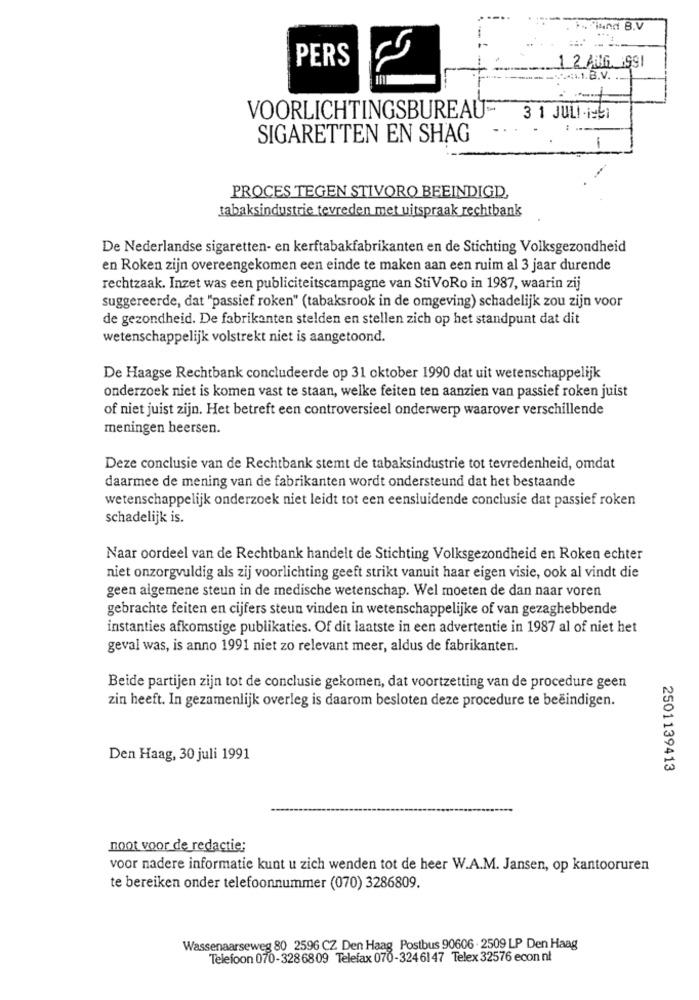
."iund B.V
PERS
1 2 AUG 1991
VOORLICHTINGSBUREAU-
3 1 JULI-19:
SIGARETTEN EN SHAG
-
PROCES TEGEN STIVORO BEEINDIGD,
tabaksindustrie tevreden met uitspraak rechtbank
De Nederlandse sigaretten- en kerftabakfabrikanten en de Stichting Volksgezondheid
en Roken zijn overeengekomen een einde te maken aan een ruim al 3 jaar durende
rechtzaak. Inzet was een publiciteitscampagne van StiVoRo in 1987, waarin zij
suggereerde, dat "passief roken" (tabaksrook in de omgeving) schadelijk zou zijn voor
de gezondheid. De fabrikanten stelden en stellen zich op het standpunt dat dit
wetenschappelijk volstrekt niet is aangetoond.
De Haagse Rechtbank concludeerde op 31 oktober 1990 dat uit wetenschappelijk
onderzoek niet is komen vast te staan, welke feiten ten aanzien van passief roken juist
of niet juist zijn. Het betreft een controversieel onderwerp waarover verschillende
meningen heersen.
Deze conclusie van de Rechtbank stemt de tabaksindustrie tot tevredenheid, omdat
daarmee de mening van de fabrikanten wordt ondersteund dat het bestaande
wetenschappelijk onderzoek niet leidt tot een eensluidende conclusie dat passief roken
schadelijk is.
Naar oordeel van de Rechtbank handelt de Stichting Volksgezondheid en Roken echter
niet onzorgvuldig als zij voorlichting geeft strikt vanuit haar eigen visie, ook al vindt die
geen algemene steun in de medische wetenschap. Wel moeten de dan naar voren
gebrachte feiten en cijfers steun vinden in wetenschappelijke of van gezaghebbende
instanties afkomstige publikaties. Of dit laatste in een advertentie in 1987 al of niet het
geval was, is anno 1991 niet zo relevant meer, aldus de fabrikanten.
Beide partijen zijn tot de conclusie gekomen, dat voortzetting van de procedure geen
zin heeft. In gezamenlijk overleg is daarom besloten deze procedure te beëindigen.
Den Haag, 30 juli 1991
2501139413
noot voor de redactie;
voor nadere informatie kunt u zich wenden tot de heer W.A.M. Jansen, op kantooruren
te bereiken onder telefoonnummer (070) 3286809.
Wassenaarseweg 80 2596 CZ. Den Haag Postbus 90606 . 2509 LP Den Haag
Telefoon 070-3286809 Telefax 070-324 6147 Telex 32576 econ nt